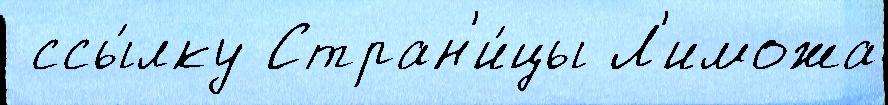
 ссы́лку Стран'и́цы Л'иможа